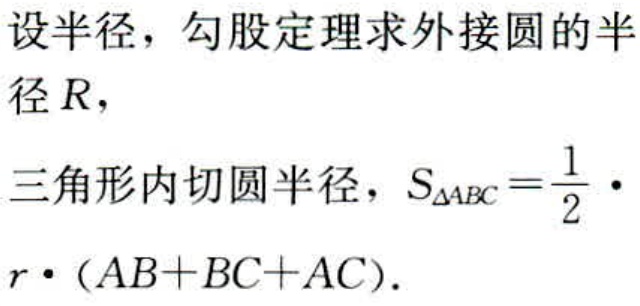
设半径，勾股定理求外接圆的半
径\(R\)，
三角形内切圆半径，\(S_{\triangle ABC}=\frac{1}{2}\cdot
r\cdot (AB + BC + AC)\)。